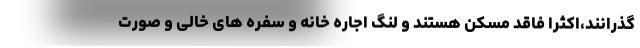
گذرانند،اکثرا فاقد مسکن هستند و لنگ اجاره خانه و سفره های خالی و صورت